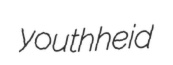
youthheid